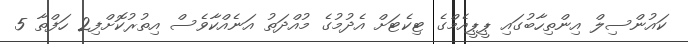
ކައުންސިލް އިންތިހާބުގައި ޕީޕީއެމްގެ ޓިކެޓަށް އެދުމުގެ މުއްދަތު އަނެއްކާވެސް އިތުރުކޮށްފި2 ހަފްތާ 5